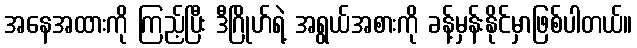
အနေအထားကို ကြည့်ပြီး ဒီဂြိုဟ်ရဲ့ အရွယ်အစားကို ခန့်မှန်းနိုင်မှာဖြစ်ပါတယ်။